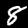
Label: 8